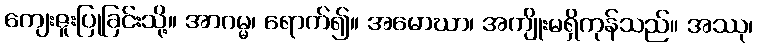
ကျေးဇူးပြုခြင်းသို့။ အာဂမ္မ၊ ရောက်၍။ အမောဃာ၊ အကျိုးမရှိကုန်သည်။ အဿု၊